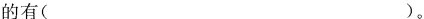
的有( )。